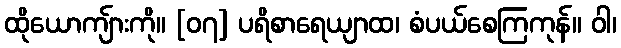
ထိုယောကျ်ားကို။ [၀၇] ပရိစာရေယျာထ၊ စံပယ်စေကြကုန်။ ဝါ၊